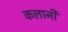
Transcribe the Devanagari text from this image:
कलानी